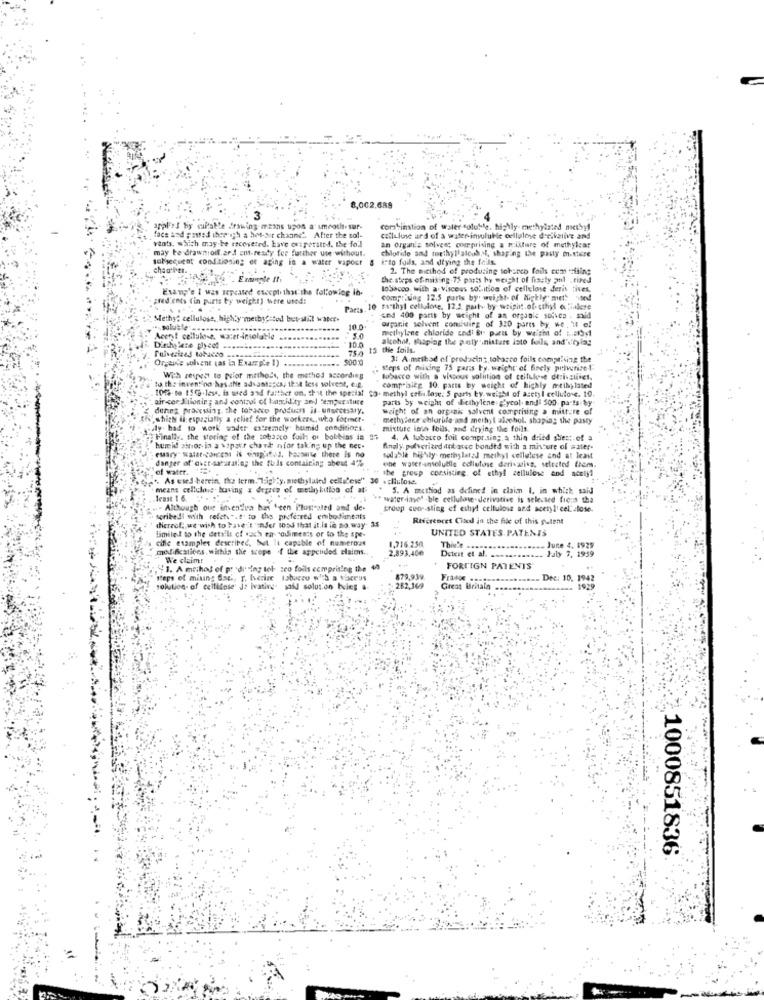
8,002,689
3
aroFes by suPaMe drawing means upon a smooth-sur-
combination of water soluble, highly methylated methy
face and pasted iber ich a hot-sir chaand". After the sol-
Yeats, which may be escovered. Lave outperated. the foil
celluluse und of a water-insoluble cellulose deelkalive and
an organiz solves; comprising & rolltare of methylcar
may te drawnoff.ard cut-ready for further use without.
chloride and toethylalcohol, shaping the pasty mn-ttere
subsequent conditioning et aging in a water wapost
irto foils, and drying the fails
chao'ett.
2. The method of producing tobanco foils com zising
the steps of miting.75 pass by weight of fisely pul .tired
Examp'e I was repeated escepti that the following in-
10Sacco with a viscous sofition of cellulose deri tives.
Fred ents (in parts by weight) were used:
comprising 12.5 paris by weight- of Highly: met! sted
. ..
Parts 10 F\"thyl cellulose, 12.5 parts. by wright.of- ethyl o. äulese
Methy? cellulose, highty methy=tod bet-Mil water.
und 400 parts by weight of an organle solves . sold
organic solvent comcuirg of 320 parts by we. " o!
.. soluble-
methylene chloride und' Si parts by weight of 1.st.
Acetyl cellulosa, water-insolable
10.0
alcohol, shaping the pety .nistare isto foils, and'\'byla;
Diethylene glycol
754
15 the foils.
Talvezized tobacco --------
Organe solvent (as la Examzip'e 1) .
31 A method of producing tobacco foils compelling the
Steps of mixing 75 paris Fy. weight of finely pulverize!
to the invent no has aNe advantERca, test less solvent, e.g.
With respect to pelor methode, the method according
tobacco with a viscous volition of cellulose derivalivet.
101%-to 15to-less, is wed and farther on. that the special SO- methyl cefi.lose: 5 parts by, weight of acetyl cellulose. 10.
compraleg 10. parts by weight of highly methylated
air -cor Milonir ; and control of boxility and temperature
parts by weight of diethylene glycol. and: 500 parts by
dething pracesting, the tobacco products is- unsecesary.
weight of an org ais solvent comprising a mitture of
,whichs Ii: especially a schief for the workers ,, who formet-
methylene chlurule and methyl alochol. shoping the pasty
ly had to work wader extremely. humid conditions
mixture ina foils, and drying the foils.
Finally, the storing of the tobacco foils or bobbias in 27
4. A tobacco foil compr.sin; a thin dried shes; of a
humid sinor in a wopatr chark nfor taking up the nec-
Analy. pulverized dobarco bondtd with a mixture of water-
eMary" salat-goncemi is dinsplites, because there is no
danger of' avet-sseuratlag the this containing abest 4%
sodable highly metinylated methyl cellulose and at least
one waset-insoluble ecflutuse derivaring, selected frem.
of water.
the group corsistieg. of ethyl cellulose and acetyl
.". As used herein. the term. "High "y, methylaled cellslese" 30 . chulose.
means cellulose. having s degree of methybitiba of at
5. A methiod as defined in claim 1, in which said
least 1 6. "-1"
""" water-jave" .ble cellulose derivative is selected ficus tha
... Although our inventiva has been Plus ated and de.
group cuor sting ef ethyl cellulose and aceryl cel'close.
soribed with refet\"it to the preferred embodiments
References Cinedl in the file of this sutent
limile ! to the details of wach en souliments or to the spe-
dicreol: we wish to haveit "Inder 105d that it is in no way- 35
UNITED STATES PATENTS
cifle examples described, but Is capable of numerous
1,716.250
modifications, withla the scope of the appended elaions ..
2,893,40€
Thiele
June 4. 1929
Jaly 7, 1939
We claim !.
Detest et al. . ses
1. A method of pr 'during tol seo foils ecmprising the 40
FORT'IGN PATENTS
steps of miting Sat ., r. Iverize tobacco wid a viserys
879,939
France .
Dee: 10. 1942
solution. of cellitose' Je ivative said solution beleg a
282,369
Great Britain ..
-1929
1000851836